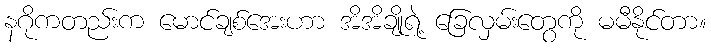
နဂိုကတည်းက မောင်ချစ်အေးဟာ အိအိချိုရဲ့ ခြေလှမ်းတွေကို မမီနိုင်တာ။